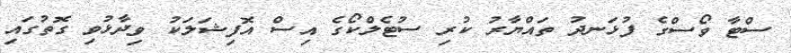
ސްޓާ ވޯސްގެ ފުޅަނދު ތައްޔާރު ކުރި ސުޓެލްކޯގެ އިސް އޮފިޝަލަކު ވިދާޅުވި ގޮތުގައި